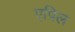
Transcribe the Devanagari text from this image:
एपिल